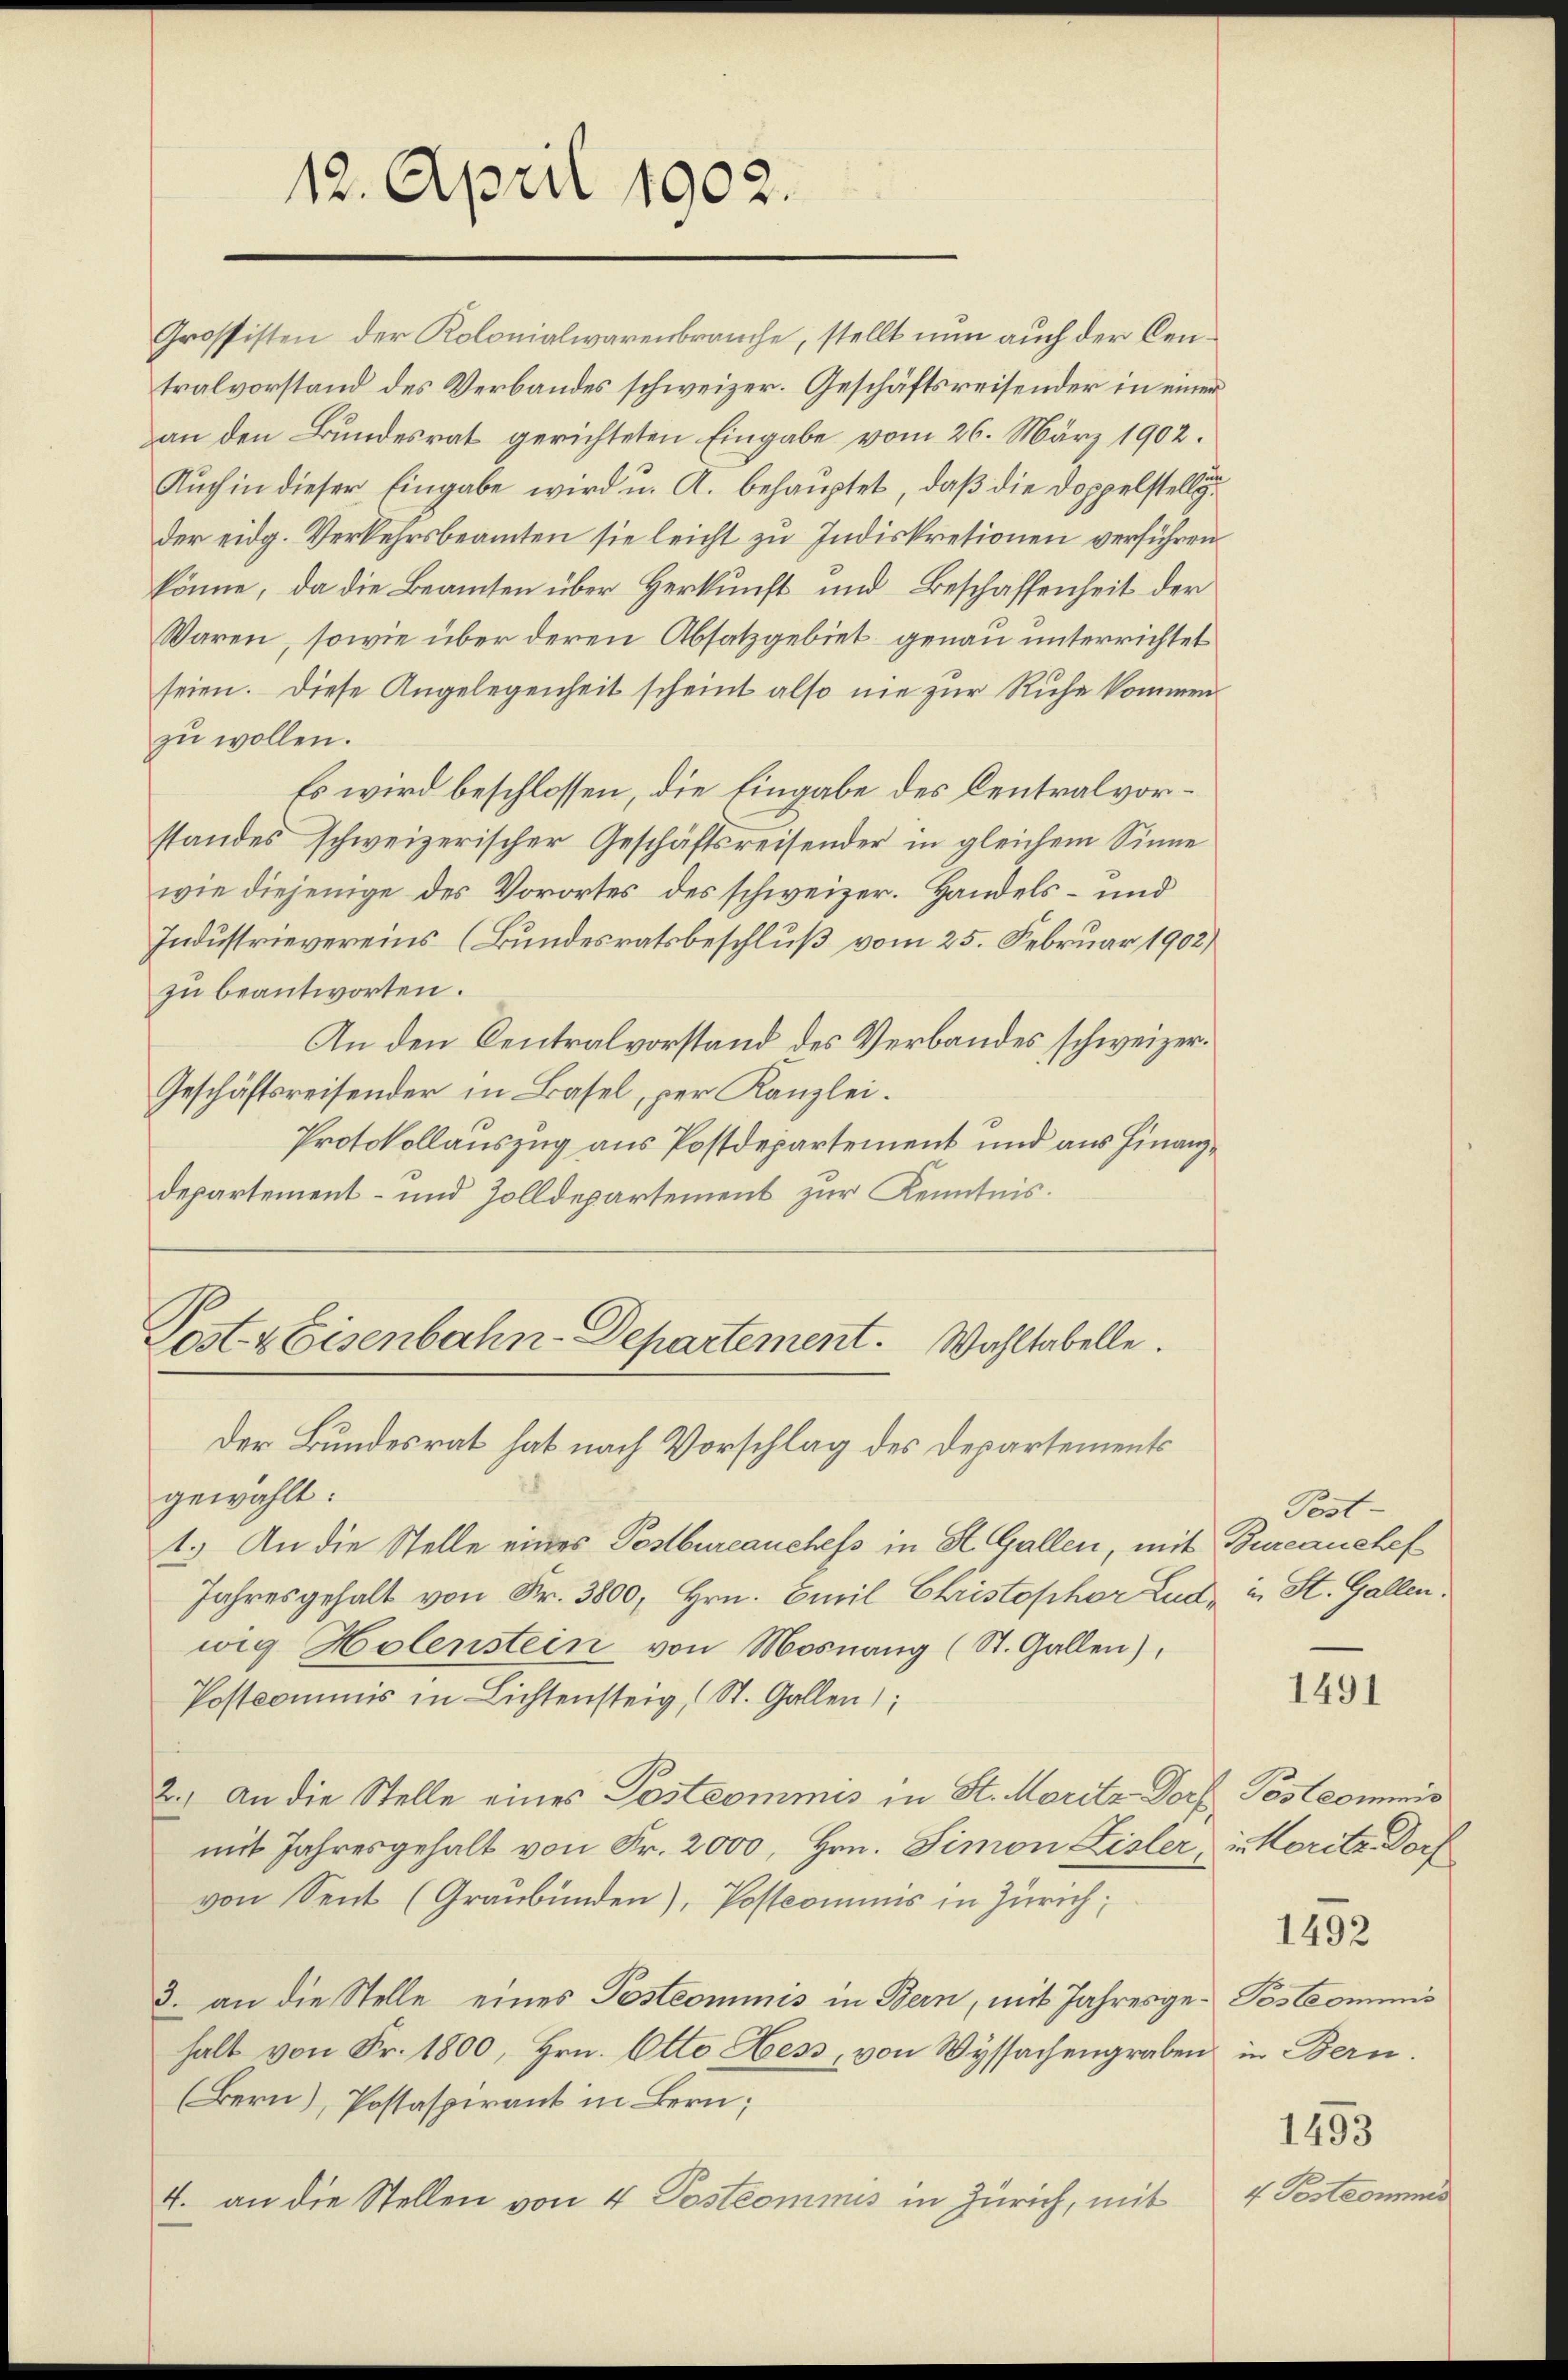
12. April 1902.

tralvorstand des Verbandes schweizer. Geschäftsreisender in einer
an den Bundesrat gerichteten Eingabe vom 26. März 1902.
Auch in dieser Eingabe wird u. A. behauptet, daß die Doppelstellig
der eidg. Verkehrsbeamten sie leicht zu Indiskretionen verführen
könne, da die Beamten über Herkunft und Beschaffenheit der
Waren, sowie über deren Absatzgebiet genau unterrichtet
seien. Diese Angelegenheit scheint also nie zur Ruhe kommen
zu wollen.
Es wird beschlossen, die Eingabe des Centralvorstandes schweizerischer Geschäftsreisender in gleichem Sinne
wie diejenige des Vorortes des schweizer. Handels- und
Industrievereins (Bundesratsbeschluß vom 25. Februar 1902)
zu beantworten.
An den Centralvorstand des Verbandes schweizer¬
Geschäftsreisender in Basel, per Kanzlei.
Protokollauszug aus Postdepartement und aus Finanzdepartement- und Zolldepartement zur Kenntnis.
Post 4 Eisenbahn-Departement. Wahltabelle.
Der Bundesrat hat nach Vorschlag des Departements
gewählt:
1.) An die Stelle eines Postbureauchefs in St. Gallen, mit Bureauehef
Jahresgehalt von Fr. 3800, Hrn. Emil Christophor Lud, in St. Gallen.
wig Holenstein von Mosnang (St. Gallen),
Postkommnis in Lichtensteig, St. Gallen;
2.) An die Stelle eines Postcommis in St. Moritz Dorf Pestcommis
mit Jahresgehalt von Fr. 2000, Hrn. Simon Lisler, u. Moritz Dorf
von Sent (Graubünden), Postcommis in Zürich
3. an die Stelle eines Postcommis in Bern, mit Jahresge-PosCommis
halt von Fr. 1800, Hrn. Otto Hess, von Wyssachengraben in Bern.
(Bern), Postaspirant in Bern;
4. an die Stellen von 4 Postcommis in Zürich, mit

Grossisten der Kolonialwarenbrauche, stellt nun auch der Cen¬

Post-

1491

1492

1493
4 Postcommis